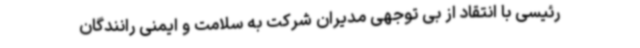
رئیسی با انتقاد از بی توجهی مدیران شرکت به سلامت و ایمنی رانندگان